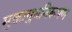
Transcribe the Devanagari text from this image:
मुक्तायुधनिरूपण